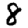
Digit: 8